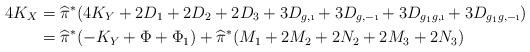
LaTeX: \begin{align*}4K_X&=\widehat{\pi}^*(4K_Y+2D_1+2D_2+2D_3+3D_{g,\i}+3D_{g,-\i}+3D_{g_1g, \i}+3D_{g_1g, -\i})\\ &=\widehat{\pi}^*(-K_Y+\Phi+\Phi_1)+\widehat{\pi}^*(M_1+2M_2+2N_2+2M_3+2N_3)\end{align*}